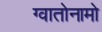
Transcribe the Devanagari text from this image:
ग्वातोनामो